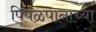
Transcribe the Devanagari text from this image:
पिंपळपानाच्या